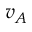
v _ { A }